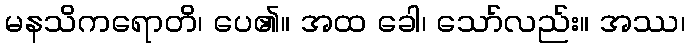
မနသိကရောတိ၊ ပေ၏။ အထ ခေါ၊ သော်လည်း။ အဿ၊